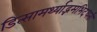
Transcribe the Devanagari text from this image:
डित्सामर्थ्याद्भमभिदधती